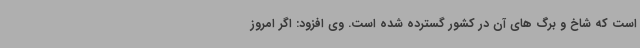
است که شاخ و برگ های آن در کشور گسترده شده است. وی افزود: اگر امروز